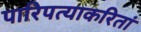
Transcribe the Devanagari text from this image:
पारिपत्याकरितां